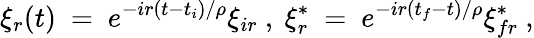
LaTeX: \xi_{r}(t)\ =\ e^{-ir(t-t_{i})/\rho}\xi_{ir}\ ,\ \xi_{r}^{*}\ =\ e^{-ir(t_{f}-t)/\rho}\xi_{fr}^{*}\ ,